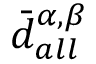
\bar { d } _ { a l l } ^ { \alpha , \beta }